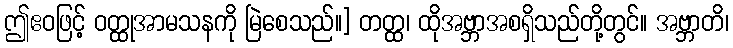
ဤဧဝဖြင့် ဝတ္ထုအာမသနကို မြဲစေသည်။] တတ္ထ၊ ထိုအဗ္ဘာအစရှိသည်တို့တွင်။ အဗ္ဘာတိ၊